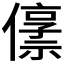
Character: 𫣬